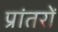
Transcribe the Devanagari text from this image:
प्रांतरों